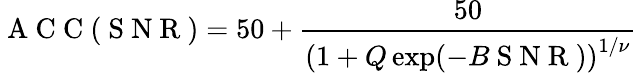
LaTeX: \mathrm{~A~C~C~}(\mathrm{~S~N~R~})=50+\frac{50}{{\left(1+Q\exp(-B\mathrm{~S~N~R~})\right)}^{1/\nu}}\